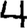
Digit: 4